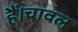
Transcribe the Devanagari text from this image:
हैं।चावल